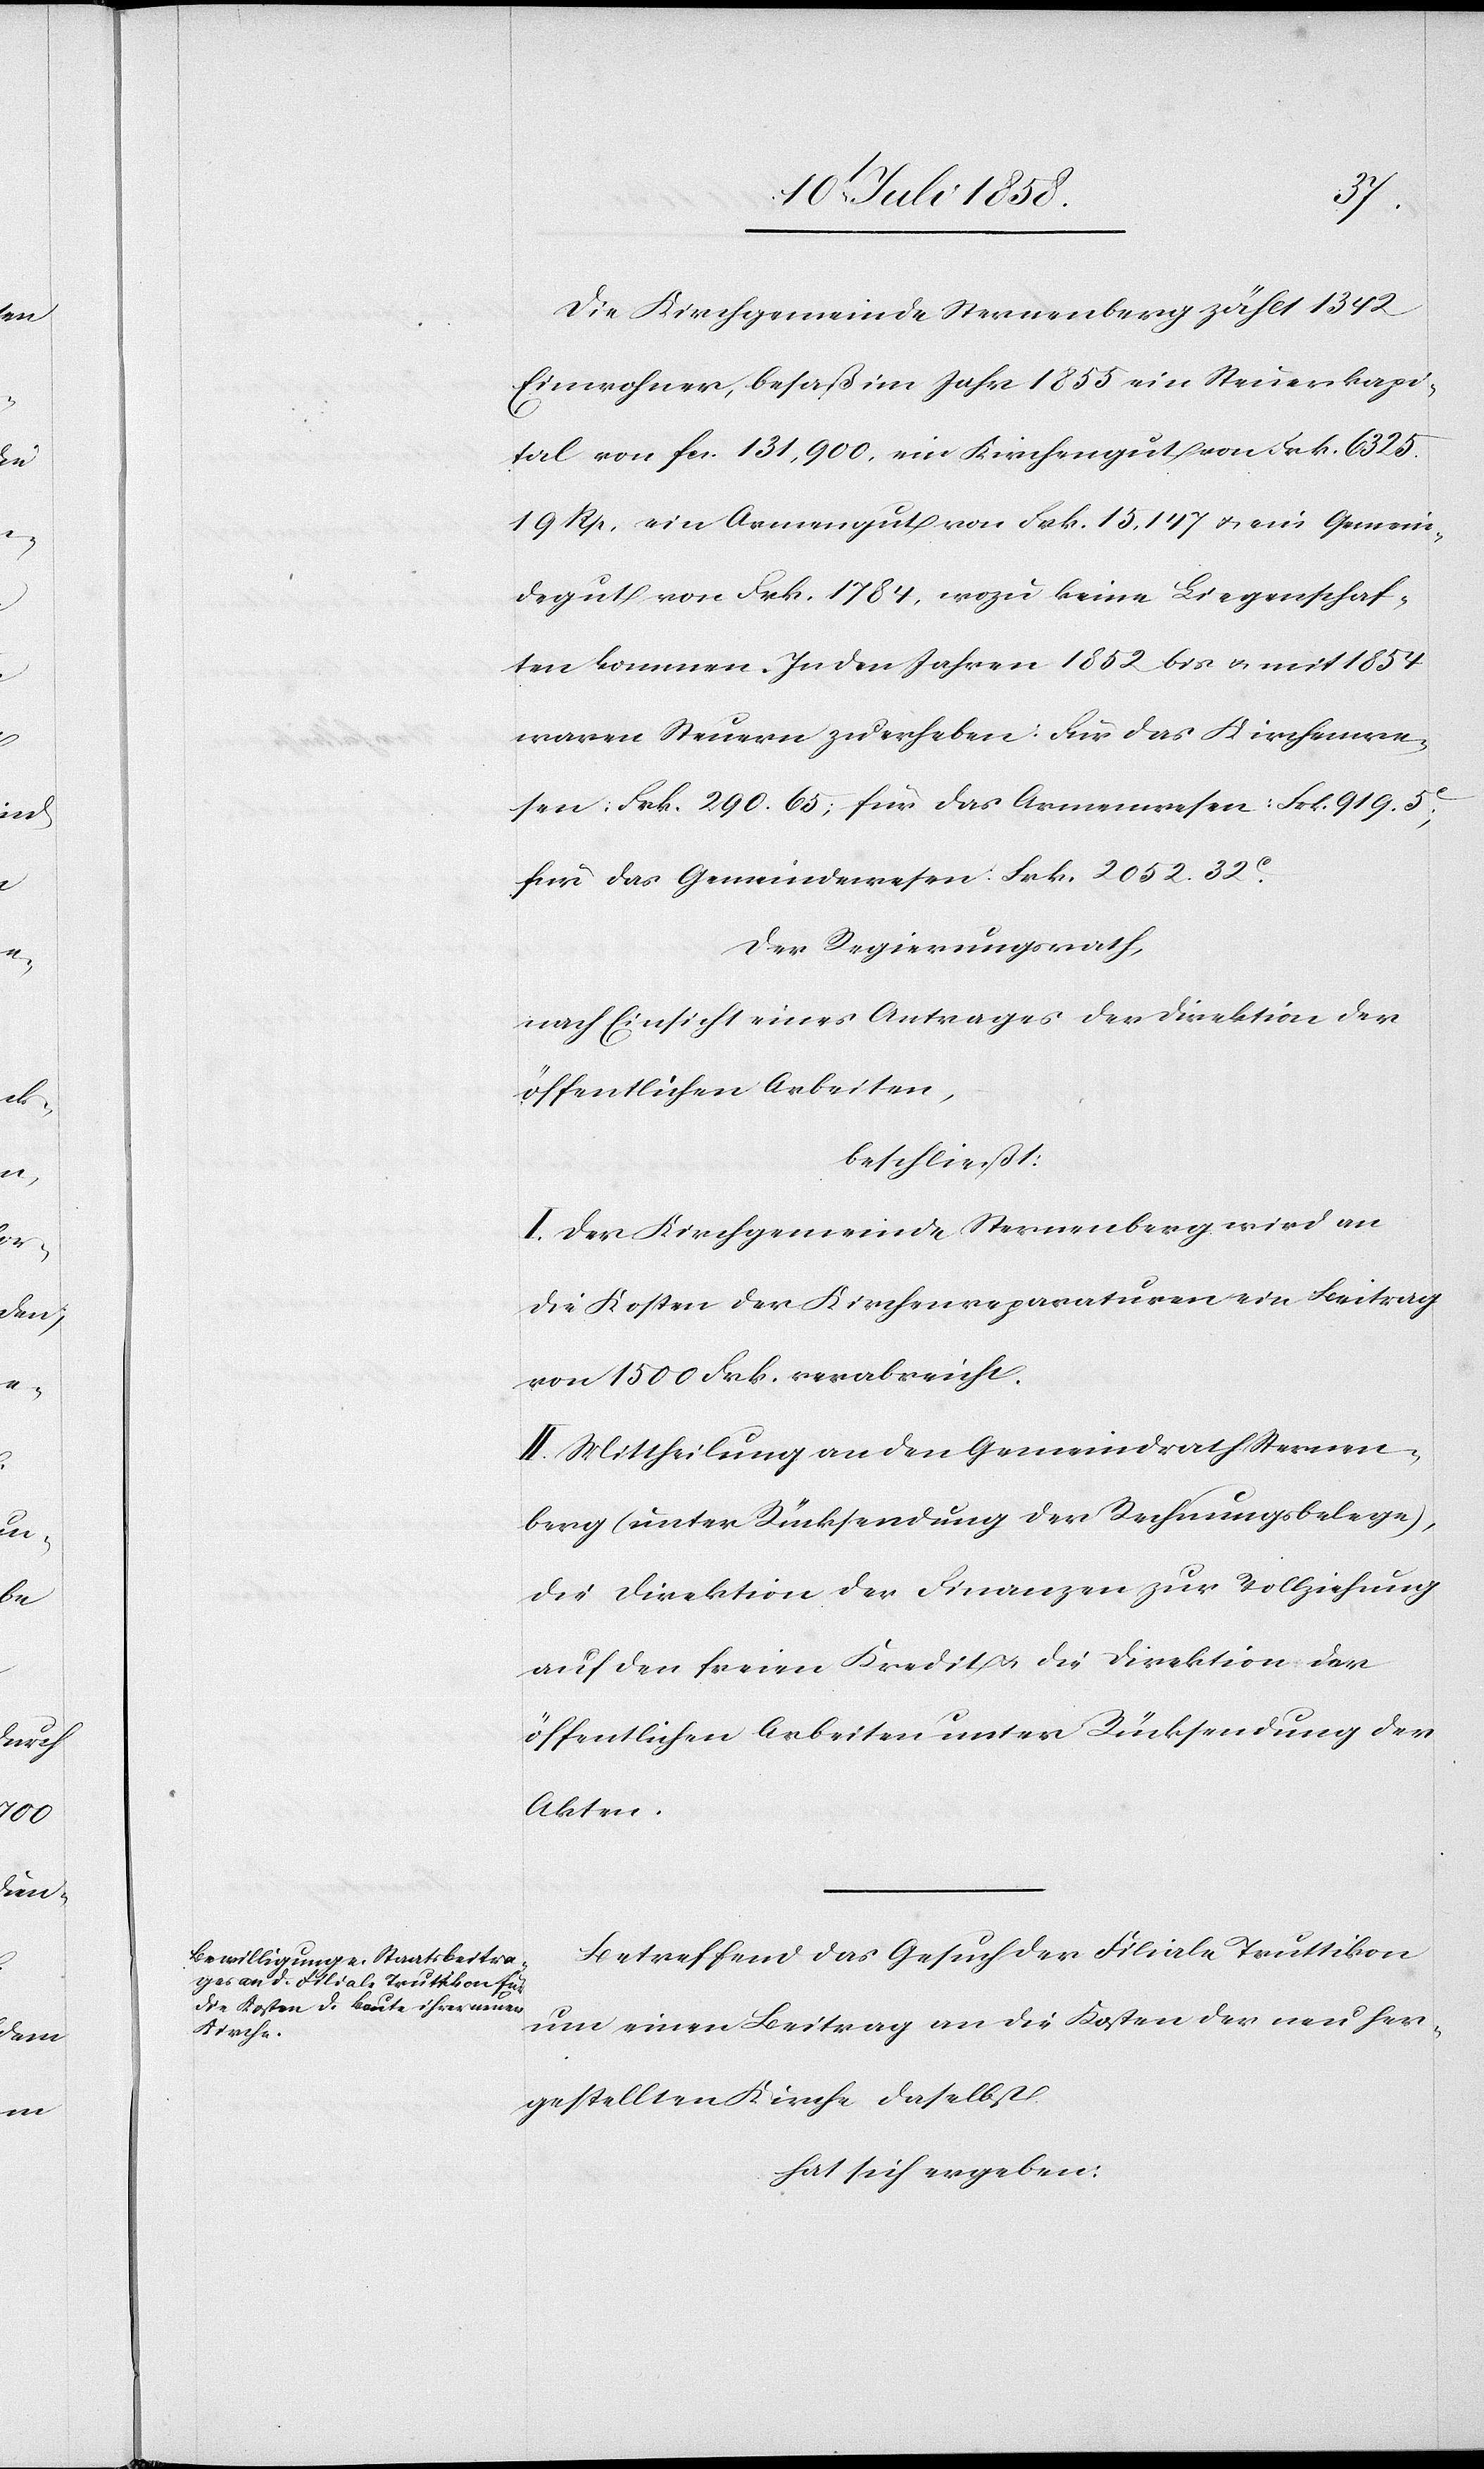
Die Kirchgemeinde Sternenberg zählt 1342
Einwohner, besaß im Jahr 1855 ein Steuerkapi¬
tal von fcs. 131,900, ein Kirchengut von Frk. 6325.
19 Rp, ein Armengut von Frk. 15,147 & ein Gemein¬
degut von Frk. 1784, wozu keine Liegenschaf¬
ten kommen. In den Jahren 1852 bis & mit 1854
waren Steuern zu erheben: Für das Kirchenwe¬
sen: Frk. 290. 65; für das Armenwesen: Frk. 919. 5C;
für das Gemeindewesen: Frk. 2052. 32C.
Der Regierungsrath,
nach Einsicht eines Antrages der Direktion der
öffentlichen Arbeiten,
beschließt:
I. Der Kirchgemeinde Sternenberg wird an
die Kosten der Kirchenreparaturen ein Beitrag
von 1500 Frk. verabreicht.
II. Mittheilung an den Gemeindrath Sternen¬
berg (unter Rücksendung der Rechnungsbelege),
die Direktion der Finanzen zur Vollziehung
auf den freien Kredit & die Direktion der
öffentlichen Arbeiten unter Rücksendung der
Akten.
Betreffend das Gesuch der Filiale Truttikon
um einen Beitrag an die Kosten der neu her¬
gestellten Kirche daselbst
hat sich ergeben: